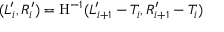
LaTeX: ( L _ { i } ^ { \prime } , R _ { i } ^ { \prime } ) = \mathrm { H } ^ { - 1 } ( L _ { i + 1 } ^ { \prime } - T _ { i } , R _ { i + 1 } ^ { \prime } - T _ { i } )